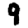
Digit: 9